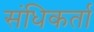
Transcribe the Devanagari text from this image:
संधिकर्ता